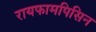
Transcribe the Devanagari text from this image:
रायफामपिसिन